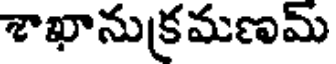
శాఖానుక్రమణమ్